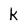
Character: k